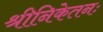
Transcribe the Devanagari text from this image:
श्रीनिकेतनः